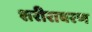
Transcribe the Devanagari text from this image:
शरीरावरण